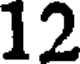
12